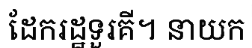
ដែករដ្ឋទួរគី។ នាយក